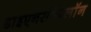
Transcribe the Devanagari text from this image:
डाइएनसीफेलॉन